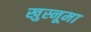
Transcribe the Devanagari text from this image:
खुस्नूमा